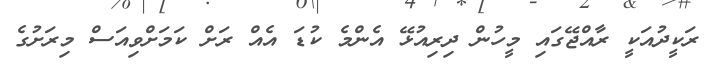
ރަކީދުއަކީ ރާއްޖޭގައި މީހުން ދިރިއުޅޭ އެންމެ ކުޑަ އެއް ރަށް ކަމަށްވިއަސް މިރަށުގެ